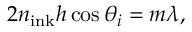
2 n _ { \mathrm { i n k } } h \cos { \theta _ { i } } = m \lambda ,